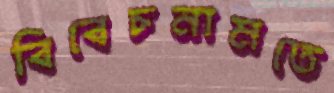
বিবেচনামতে